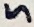
Text: 5